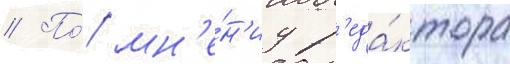
// По́ мн'е́н'иу р'еда́ктора